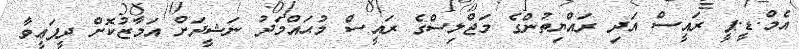
އެމް.ޑީ.ޕީ ރައީސް އަދި ރައްޔިތުންގެ މަޖްލިސްގެ ރައީސް މުޙައްމަދު ނަޝީދަށް އަމާޒުކޮށް ދީފަޢީވާ